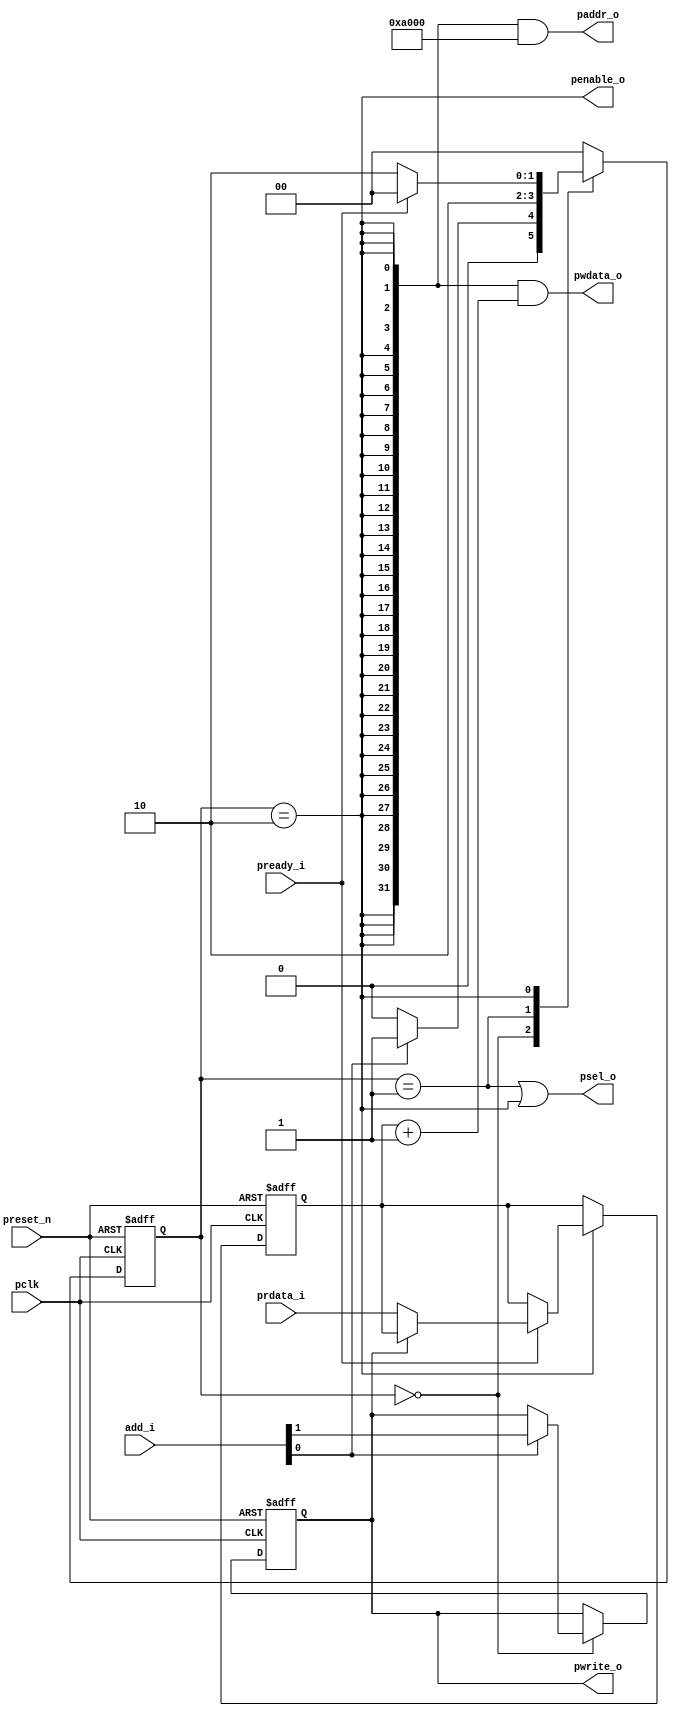
module APB_protocol_verilog(pclk, preset_n, add_i,psel_o, penable_o,paddr_o, pwrite_o,pwdata_o,prdata_i, pready_i);
  input pclk;
  input preset_n;
  input [1:0] add_i;  // 2'b01 = read , 2'b11 = write.
  output psel_o;
  output penable_o;
  output [31:0] paddr_o;
  output pwrite_o;
  output [31:0] pwdata_o;
  input [31:0] prdata_i;
  input pready_i;

  parameter ST_IDLE=2'b00, ST_SETUP=2'b01, ST_ACCESS=2'b10;

  reg [1:0] curr_q;
  reg [1:0] nxt_state;

  reg nxt_pwrite;
  reg pwrite_q;

  reg [31:0] nxt_prdata;
  reg [31:0] prdata_q;

  always@(posedge pclk or negedge preset_n)
    if(~preset_n)
      curr_q <= ST_IDLE;
    else
      curr_q <= nxt_state;

  always@(*)
  begin
    nxt_pwrite = pwrite_q;                          //
    nxt_prdata = prdata_q;
    case(curr_q)
      ST_IDLE:
        if(add_i[0])
        begin
          nxt_state = ST_SETUP;
          nxt_pwrite = add_i[1];                 //
        end
        else
          nxt_state = ST_IDLE;
      ST_SETUP:
        nxt_state = ST_ACCESS;
      ST_ACCESS:
        if(pready_i)
        begin
          nxt_state = ST_IDLE;
        if(~pwrite_o)begin
          nxt_prdata = prdata_i;
        end
        end
        else
          nxt_state = ST_ACCESS;
      default:
        nxt_state = ST_IDLE;
    endcase
  end

  assign psel_o = (curr_q == ST_SETUP) | (curr_q == ST_ACCESS);
  assign penable_o = (curr_q == ST_ACCESS);


  //APB Address
  assign paddr_o = {32{curr_q == ST_ACCESS}} & 32'hA000;


  //APB PWRITE control signal
  always@(posedge pclk or negedge preset_n)
    if(~preset_n)
      pwrite_q <= 1'b0;
    else
      pwrite_q <= nxt_pwrite;

  assign pwrite_o = pwrite_q;

  //APB PWDATA data signal
  assign pwdata_o = {32{curr_q == ST_ACCESS}} & (prdata_q + 32'h1);

  always@(posedge pclk or negedge preset_n)
  begin
    if(~preset_n)
      prdata_q <= 32'h0;                                     //
    else
      prdata_q <= nxt_prdata;                                //

  end

endmodule